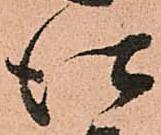
仕